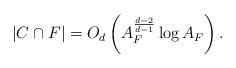
LaTeX: \begin{align*} |C \cap F| = O_d \left( A_{F}^{\frac{d-2}{d-1}} \log A_F \right). \end{align*}